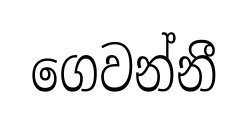
ගෙවන්නී